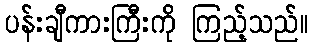
ပန်းချီကားကြီးကို ကြည့်သည်။